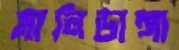
মালিডাঙ্গা